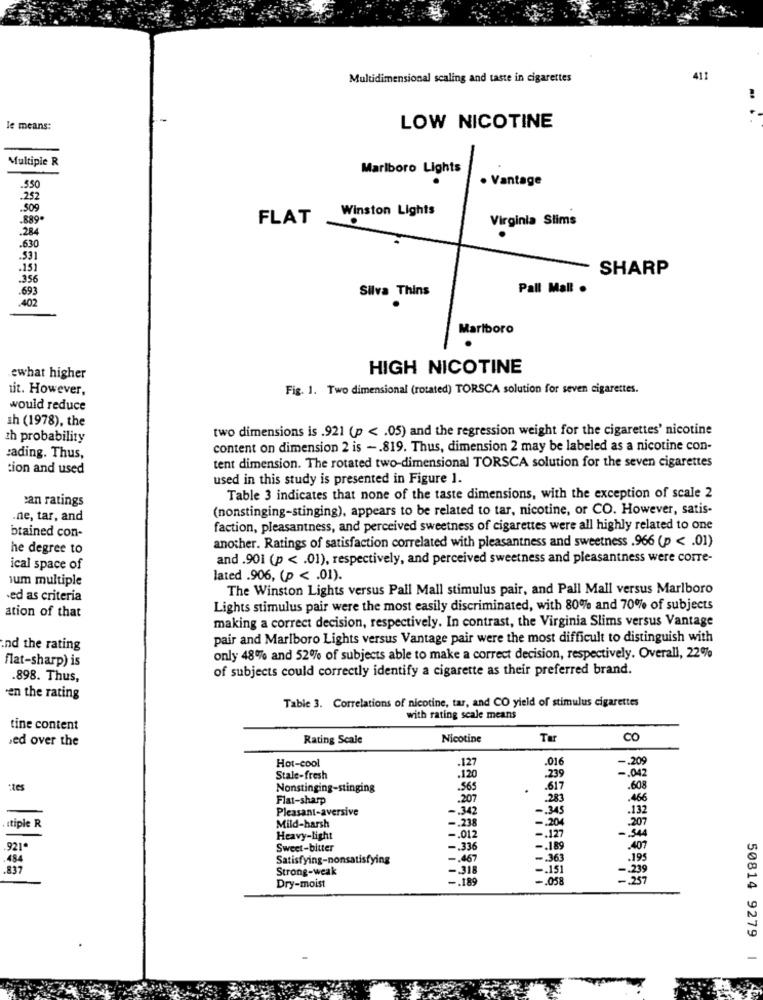
Multidimensional scaling and taste in cigarettes
411
le means:
LOW NICOTINE
Multiple R
Marlboro Lights
· Vantage
550
.252
.509
Winston Lights
.889.
FLAT
Virginia Slims
284
-630
.531
.151
SHARP
.356
693
Silva Thins
Pall Mall .
402
Marlboro
HIGH NICOTINE
ewhat higher
tit. However,
Fig. 1. Two dimensional (rotated) TORSCA solution for seven cigarettes.
would reduce
sh (1978), the
two dimensions is .921 (p < . 05) and the regression weight for the cigarettes' nicotine
zh probability
content on dimension 2 is -. 819. Thus, dimension 2 may be labeled as a nicotine con-
:ading. Thus,
tion and used
tent dimension. The rotated two-dimensional TORSCA solution for the seven cigarettes
used in this study is presented in Figure 1.
can ratings
Table 3 indicates that none of the taste dimensions, with the exception of scale 2
(nonstinging-stinging), appears to be related to tar, nicotine, or CO. However, satis-
.ne, tar, and
brained con-
faction, pleasantness, and perceived sweetness of cigarettes were all highly related to one
another. Ratings of satisfaction correlated with pleasantness and sweetness .966 (p < . 01)
he degree to
and .901 (p < . 01), respectively, and perceived sweetness and pleasantness were corre-
ical space of
ium multiple
lated .906, (p < . 01).
The Winston Lights versus Pall Mall stimulus pair, and Pall Mall versus Marlboro
ed as criteria
Lights stimulus pair were the most easily discriminated, with 80% and 70% of subjects
ation of that
making a correct decision, respectively. In contrast, the Virginia Slims versus Vantage
pair and Marlboro Lights versus Vantage pair were the most difficult to distinguish with
and the rating
flat-sharp) is
only 48% and 52% of subjects able to make a correct decision, respectively. Overall, 22%
of subjects could correctly identify a cigarette as their preferred brand.
.898. Thus,
en the rating
Table 3. Correlations of nicotine, tar, and CO yield of stimulus cigarettes
with rating scale means
tine content
ed over the
Rating Scale
Nicotine
Tar
Co
Hot-cool
-. 209
.127
016
Stale-fresh
.120
.239
- . 042
:tes
Nonstinging-stinging
.565
.617
.608
Flat-sharp
.207
.283
.466
Pleasant-aversive
-. 342
-. 345
.132
tiple R
Mild-harsh
-. 238
-. 204
207
Heavy-light
-. 012
-. 127
-. 344
921ª
Sweet-bitter
.336
-. 189
.407
484
Satisfying-nonsatisfying
-. 467
-. 363
.195
837
Strong-weak
-. 318
-. 151
-239
-. 189
-. 058
- 257
Dry-moist
50814 9279